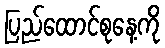
ပြည်ထောင်စုနေ့ကို